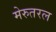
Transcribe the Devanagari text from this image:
मेरुतरल